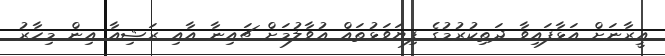
އީރާނަށް އަޅާފައިވާ ދަތިކުރުމުގެ ފިޔަވަޅުތައް އުވާލުމަށް ޗައިނާ އާއި ރަޝިއާ އިން މިހާރު